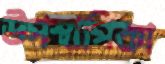
উপস্থাপিকা